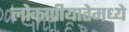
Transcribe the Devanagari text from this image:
लोकाप्रीयातेमध्ये